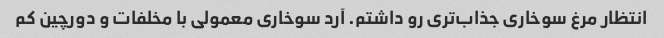
انتظار مرغ سوخاری جذاب‌تری رو داشتم. آرد سوخاری معمولی با مخلفات و دورچین کم